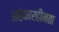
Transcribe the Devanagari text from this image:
अहंकारहीनता